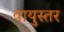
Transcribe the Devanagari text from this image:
वायुस्तर